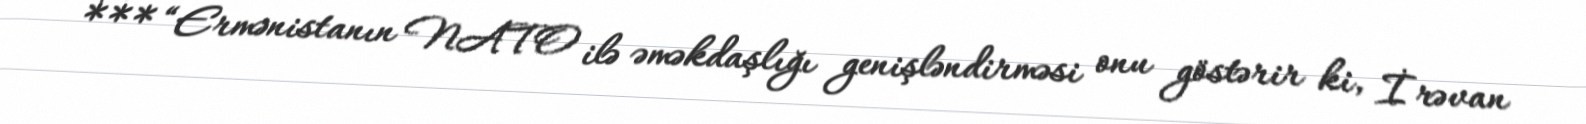
*** “Ermənistanın NATO ilə əməkdaşlığı genişləndirməsi onu göstərir ki, İrəvan